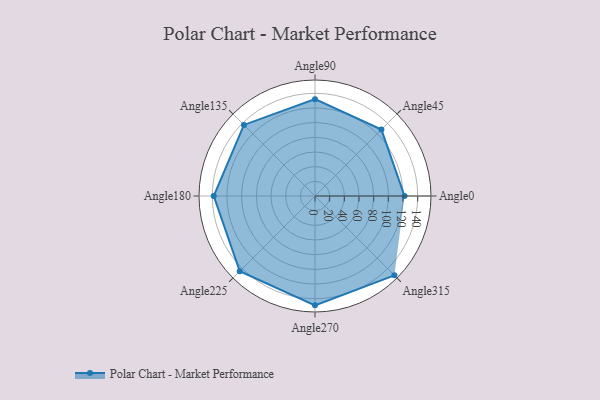
{"axis": {"x": "Angle", "y": "Radius"}, "legend": [""], "data": [{"x": "Angle0", "y": 122.0, "type": ""}, {"x": "Angle45", "y": 128.0, "type": ""}, {"x": "Angle90", "y": 132.0, "type": ""}, {"x": "Angle135", "y": 137.0, "type": ""}, {"x": "Angle180", "y": 138.0, "type": ""}, {"x": "Angle225", "y": 145.0, "type": ""}, {"x": "Angle270", "y": 149.0, "type": ""}, {"x": "Angle315", "y": 153.0, "type": ""}]}